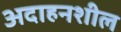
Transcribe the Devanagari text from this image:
अदाहनशील